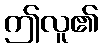
ဤလူ၏